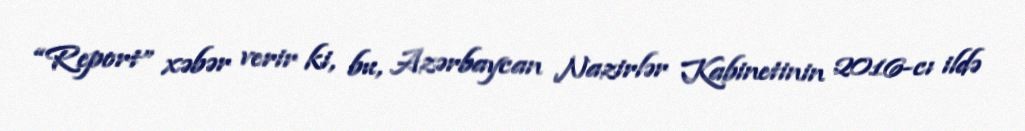
“Report” xəbər verir ki, bu, Azərbaycan Nazirlər Kabinetinin 2016-cı ildə